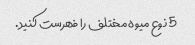
5 نوع میوه مختلف را فهرست کنید.